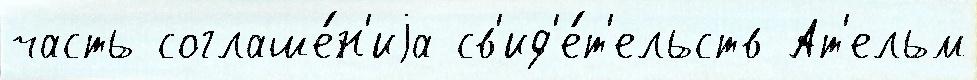
часть соглаше́н'иjа св'ид'е́т'ельств Ат'ельм